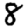
Digit: 8